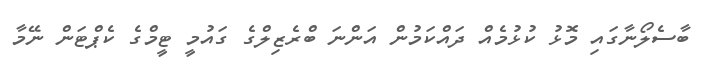
ބާސެލޯނާގައި މޮޅު ކުޅުމެއް ދައްކަމުން އަންނަ ބްރެޒިލްގެ ގައުމީ ޓީމްގެ ކެޕްޓަން ނޭމާ